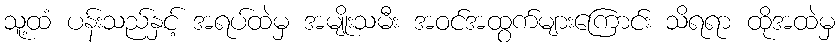
သူ့ထံ ပန်းသည်နှင့် အရပ်ထဲမှ အမျိုးသမီး အဝင်အထွက်များကြောင်း သိရရာ ထိုအထဲမှ